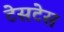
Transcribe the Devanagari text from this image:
टेसटेस